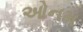
ઓનમ